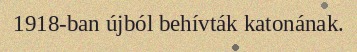
1918-ban újból behívták katonának.